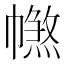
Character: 𢅑